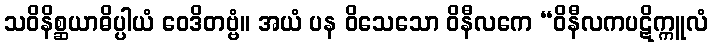
သဝိနိစ္ဆယာဓိပ္ပါယံ ဝေဒိတဗ္ဗံ။ အယံ ပန ဝိသေသော ဝိနီလကေ “ဝိနီလကပဋိက္ကူလံ